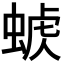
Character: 𧌭